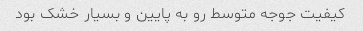
کیفیت جوجه متوسط رو به پایین و بسیار خشک بود